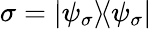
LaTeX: \sigma=|\psi_{\sigma}\rangle\! \langle\psi_{\sigma}|